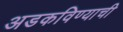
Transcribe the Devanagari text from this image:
अडकविण्याची